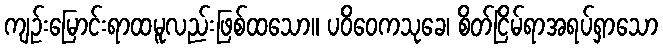
ကျဉ်းမြောင်းရာထမူလည်းဖြစ်ထသော။ ပဝိဝေကသုခေ၊ စိတ်ငြိမ်ရာအရပ်ရှာသော